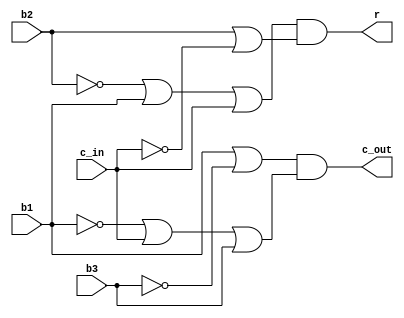
module one_bit_adder (
    input b1, b2, b3, c_in, output r, c_out 
);
    assign r =  ( ~b2| b1 | c_in ) & ( b2 | ~c_in );
    assign c_out = ( b1 | ~b3 ) & ( ~b1 | c_in | b3 );
    
endmodule

module eight_bit_adder(
    input wire [7:0] b1, b2, b3, 
    output wire [7:0] r, output wire c_out
);

    wire [7:0] c;
    one_bit_adder adder0 (b1[0], b2[0], b3[0], 1'b0, r[0], c[0]);
    one_bit_adder adder1 (b1[1], b2[1], b3[1], c[0], r[1], c[1]);
    one_bit_adder adder2 (b1[2], b2[2], b3[2], c[1], r[2], c[2]);
    one_bit_adder adder3 (b1[3], b2[3], b3[3], c[2], r[3], c[3]);
    one_bit_adder adder4 (b1[4], b2[4], b3[4], c[3], r[4], c[4]);
    one_bit_adder adder5 (b1[5], b2[5], b3[5], c[4], r[5], c[5]);
    one_bit_adder adder6 (b1[6], b2[6], b3[6], c[5], r[6], c[6]);
    one_bit_adder adder7 (b1[7], b2[7], b3[7], c[6], r[7], c[7]);
    assign c_out = c[7];
    
endmodule

module tb;

    reg [7:0] b1, b2, b3;
    wire [7:0] r;
    wire c_out;

    eight_bit_adder adder(b1,b2,b3,r,c_out);

    initial begin
        b1 = 0;
        b2 = 0;
        b3 = 0;
        #2;

        $monitor("b1 = %b, b2 = %b, b3 = %b, r=%b, Carry = %b", b1, b2, b3,r, c_out);

        repeat(5) begin
            b1 = $random;
            b2 = $random;
            b3 = $random;
            #15;
        end
    
    end

endmodule